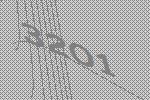
3201